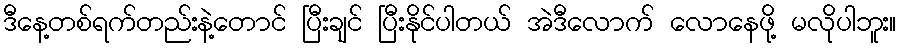
ဒီနေ့တစ်ရက်တည်းနဲ့တောင် ပြီးချင် ပြီးနိုင်ပါတယ် အဲဒီလောက် လောနေဖို့ မလိုပါဘူး။